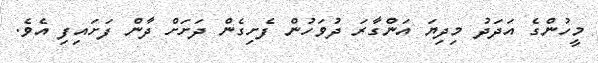
މީހުންގެ އަދަދު މިދިޔަ އަންގާރަ ދުވަހުން ފެށިގެން ދަށަށް ދާން ފަށައިފި އެވެ.